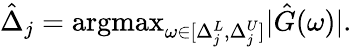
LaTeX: \hat{\Delta}_{j}=\mathrm{argmax}_{\omega\in[\Delta_{j}^{L},\Delta_{j}^{U}]}|\hat{G}(\omega)|.